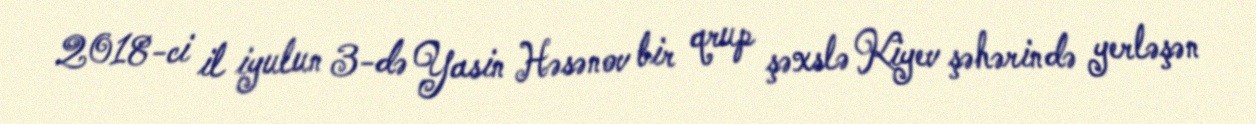
2018-ci il iyulun 3-də Yasin Həsənov bir qrup şəxslə Kiyev şəhərində yerləşən